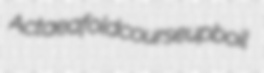
Actaea foldcourse upboil